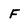
Character: F